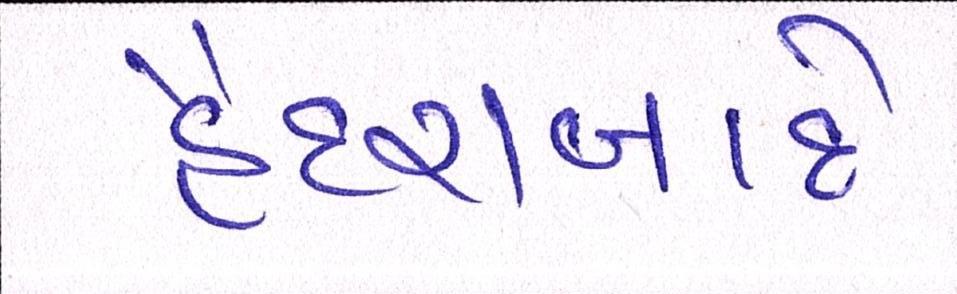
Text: હૈદરાબાદે